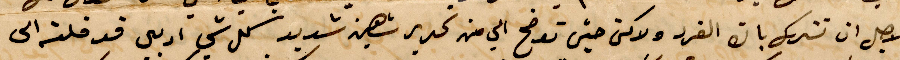
لاجل ان تترك بال الفرد لاكن حبيش توضح الي من تحرير شهين شديد كل شي ادبي قد قلته الي